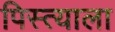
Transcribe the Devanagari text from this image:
पिस्त्याला